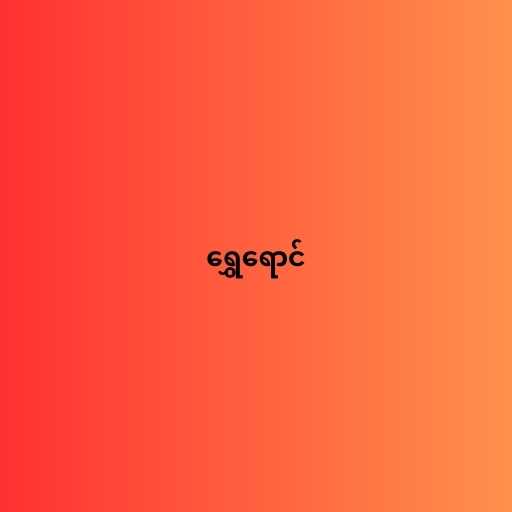
ရွှေရောင်